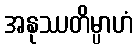
အနုဿတိမ္ပာဟံ